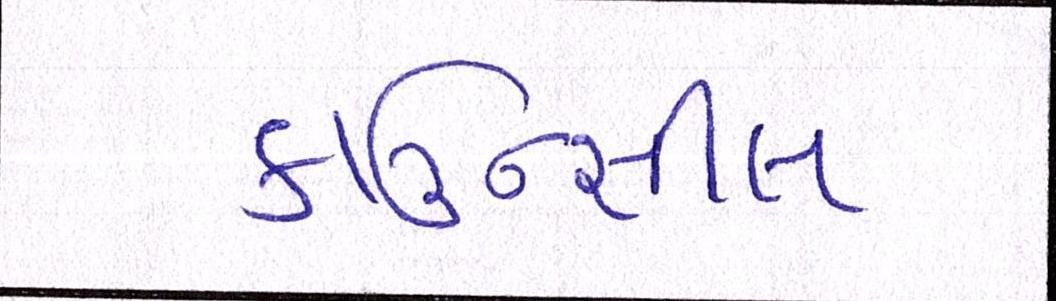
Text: કાઉન્સીલ